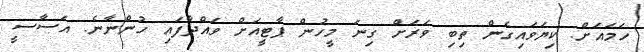
ހަމައަށް. ކިޔަވައިގެން ތިބި ވަރަށް ގިނަ މީހުން ޕާޓީއަށް ވައްދާފައި ހުންނާނެ. އަސާސީ